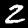
Digit: 2